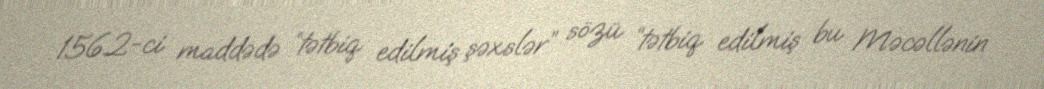
156.2-ci maddədə “tətbiq edilmiş şəxslər” sözü “tətbiq edilmiş bu Məcəllənin